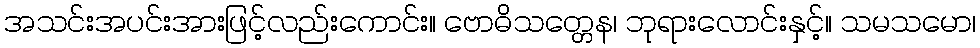
အသင်းအပင်းအားဖြင့်လည်းကောင်း။ ဗောဓိသတ္တေန၊ ဘုရားလောင်းနှင့်။ သမသမော၊